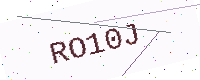
Text: RO10J